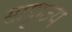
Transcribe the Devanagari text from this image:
सामृाज्य